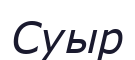
Суыр